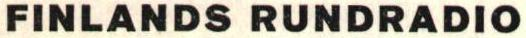
FINLANDS RUNDRADIO